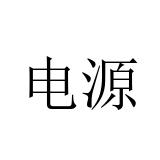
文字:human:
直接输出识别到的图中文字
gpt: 电源